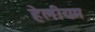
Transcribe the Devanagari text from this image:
हेलीयम